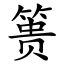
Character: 篑